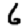
Digit: 6